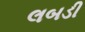
લબડી